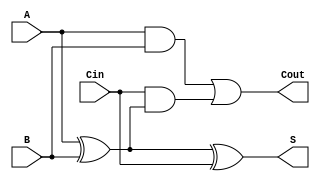
module FullAdder (
    input  wire A,    // First input bit
    input  wire B,    // Second input bit
    input  wire Cin,  // Carry-in bit
    output reg  S,    // Sum output
    output reg  Cout   // Carry-out output
);

// Always block to compute the outputs based on the inputs
always @(*) begin
    // Compute the sum and carry-out
    S = A ^ B ^ Cin;                            // S = A XOR B XOR Cin
    Cout = (A & B) | (Cin & (A ^ B));          // Cout = (A AND B) OR (Cin AND (A XOR B))
end

endmodule